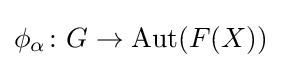
\phi _{\alpha }\colon G\to \mathrm {Aut} (F(X))